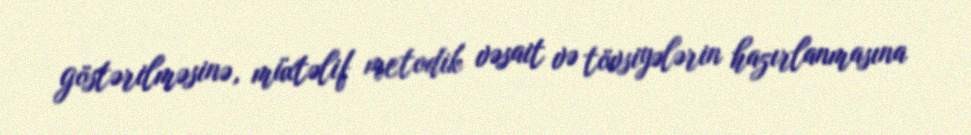
göstərilməsinə, müxtəlif metodik vəsait və tövsiyələrin hazırlanmasına